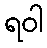
ရဝါ